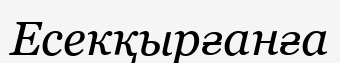
Есекқырғанға